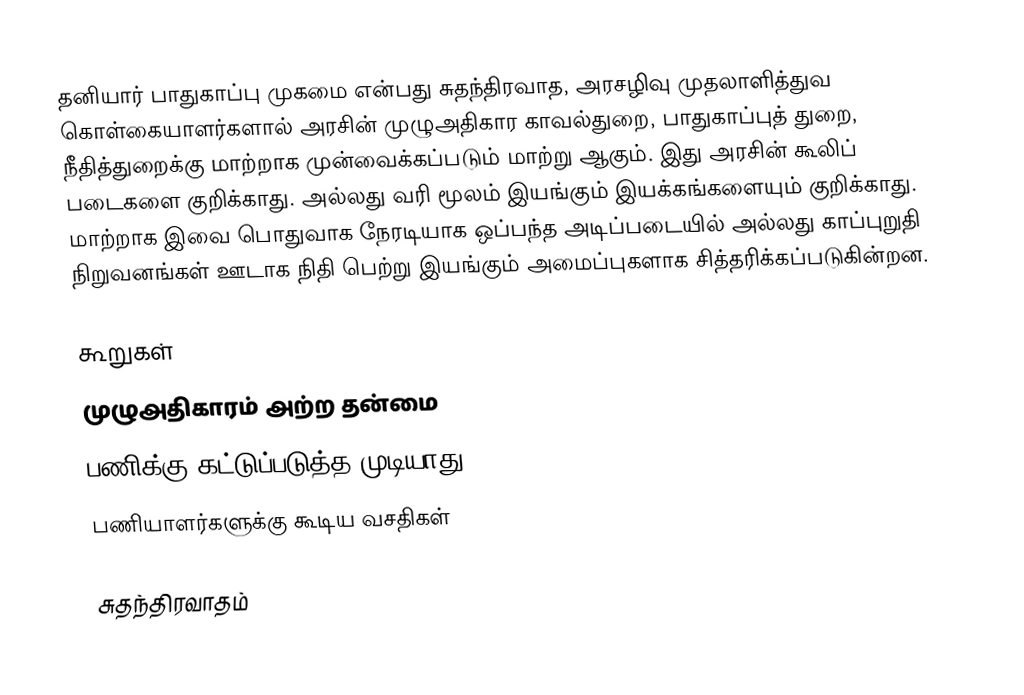
தனியார் பாதுகாப்பு முகமை என்பது சுதந்திரவாத, அரசழிவு முதலாளித்துவ கொள்கையாளர்களால் அரசின் முழுஅதிகார காவல்துறை, பாதுகாப்புத் துறை, நீதித்துறைக்கு மாற்றாக முன்வைக்கப்படும் மாற்று ஆகும்.  இது அரசின் கூலிப் படைகளை குறிக்காது.  அல்லது வரி மூலம் இயங்கும் இயக்கங்களையும் குறிக்காது.  மாற்றாக இவை பொதுவாக நேரடியாக ஒப்பந்த அடிப்படையில் அல்லது காப்புறுதி நிறுவனங்கள் ஊடாக நிதி பெற்று இயங்கும் அமைப்புகளாக சித்தரிக்கப்படுகின்றன.

கூறுகள்
 முழுஅதிகாரம் அற்ற தன்மை
 பணிக்கு கட்டுப்படுத்த முடியாது
 பணியாளர்களுக்கு கூடிய வசதிகள்

சுதந்திரவாதம்